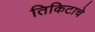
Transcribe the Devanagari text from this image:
तिकिटाचे